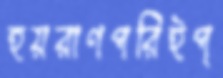
হয়রাণপরিইপ্